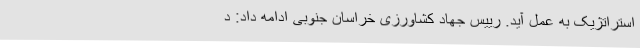
استراتژیک به عمل آید. رییس جهاد کشاورزی خراسان جنوبی ادامه داد: د